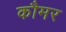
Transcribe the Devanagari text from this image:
कौमर